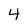
Character: 4